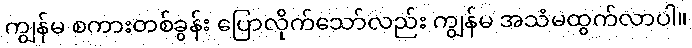
ကျွန်မ စကားတစ်ခွန်း ပြောလိုက်သော်လည်း ကျွန်မ အသံမထွက်လာပါ။